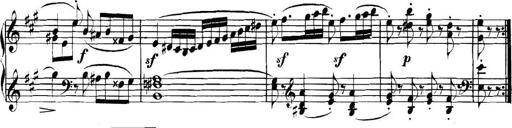
Title: Collected Piano Sonatas
Composer: Muzio Clementi